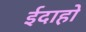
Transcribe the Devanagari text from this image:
ईदाहो